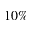
1 0 \%